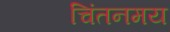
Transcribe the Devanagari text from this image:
चिंतनमय